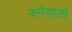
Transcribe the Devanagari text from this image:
स्नेव्हली